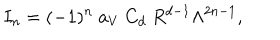
LaTeX: I _ { n } = ( - 1 ) ^ { n } ~ a _ { V } ~ C _ { d } ~ R ^ { d - 1 } \Lambda ^ { 2 n - 1 } ,